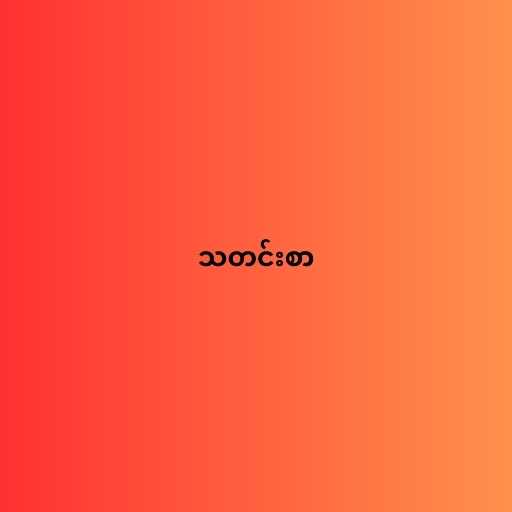
သတင်းစာ